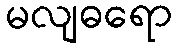
မလျဓရော